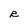
Character: R